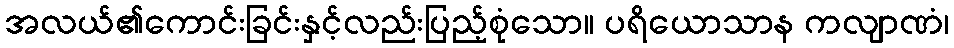
အလယ်၏ကောင်းခြင်းနှင့်လည်းပြည့်စုံသော။ ပရိယောသာန ကလျာဏံ၊